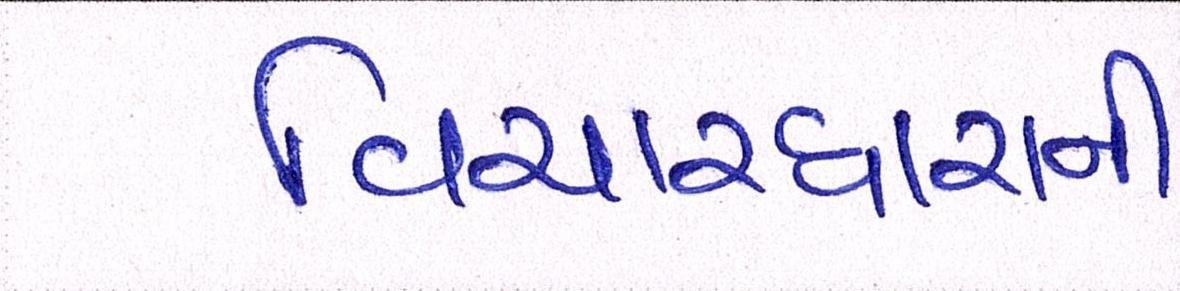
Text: વિચારધારાની